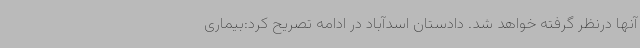
آنها درنظر گرفته خواهد شد. دادستان اسدآباد در ادامه تصریح کرد:بیماری